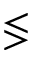
\lessgtr